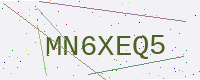
Text: MN6XEQ5